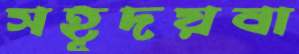
সহূদয়বা